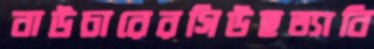
বাউচারেরসিউহত্যাবি